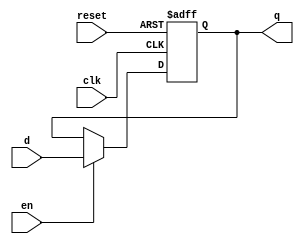
module lab1_flop_with_en(input clk, input reset,input en,input d, output reg q);
always @(posedge clk, posedge reset)
begin
	if(reset)
		q <= 1'b0;
	else if(en)
		q <= d;
end

endmodule